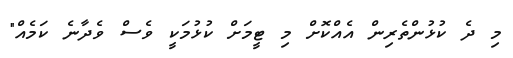
މި ދެ ކުޅުންތެރިން އެއްކޮށް މި ޓީމަށް ކުޅުމަކީ ވެސް ވެދާނެ ކަމެއް"